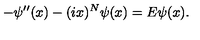
- \psi ^ { \prime \prime } ( x ) - ( i x ) ^ { N } \psi ( x ) = E \psi ( x ) .